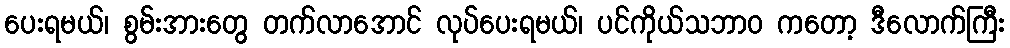
ပေးရမယ်၊ စွမ်းအားတွေ တက်လာအောင် လုပ်ပေးရမယ်၊ ပင်ကိုယ်သဘာဝ ကတော့ ဒီလောက်ကြီး